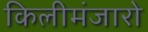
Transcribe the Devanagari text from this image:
किलीमंजारो